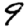
Digit: 9